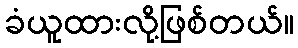
ခံယူထားလို့ဖြစ်တယ်။